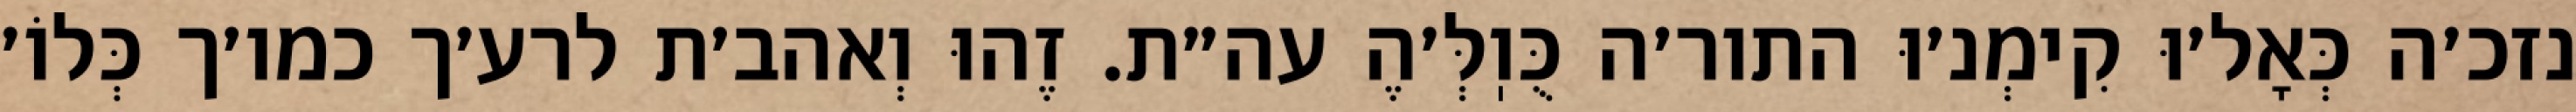
נזכ׳ה כְּאָל׳וּ קִימְנ׳וּ התור׳ה כֻּוֽלְּ׳הֶ עה״ת. זֶהוּ וְאהב׳ת לרע׳ך כמו׳ך כְּלוֹ׳